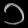
Digit: ၁